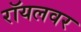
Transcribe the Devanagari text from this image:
रॉयलवर